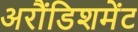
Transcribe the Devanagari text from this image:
अरौंडिशमेंट